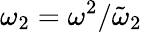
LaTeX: \omega_{2}=\omega^{2}/\tilde{\omega}_{2}